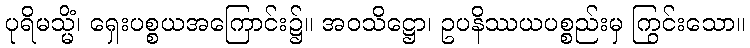
ပုရိမသ္မိံ၊ ရှေးပစ္စယအကြောင်း၌။ အဝသိဋ္ဌော၊ ဥပနိဿယပစ္စည်းမှ ကြွင်းသော။